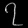
Digit: ၇